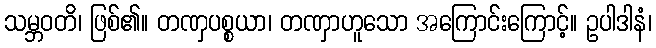
သမ္ဘဝတိ၊ ဖြစ်၏။ တဏှပစ္စယာ၊ တဏှာဟူသော အကြောင်းကြောင့်။ ဥပါဒါနံ၊